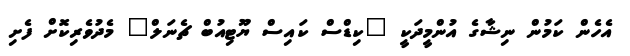
އެހެން ކަމުން ނިޝާގެ އުންމީދަކީ "ކިޑްސް ކައިސް ޔޫޓިއުބް ޗެނަލް" މެދުވެރިކޮށް ފެށި